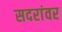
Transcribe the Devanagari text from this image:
सदरांवर